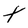
Character: t